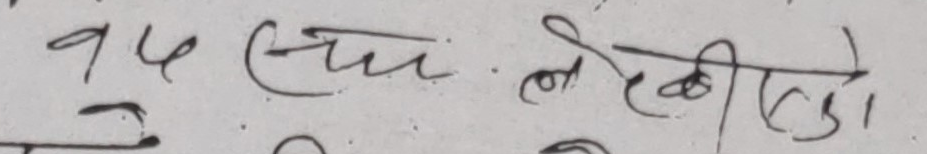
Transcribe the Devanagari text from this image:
१५ चैत्र १छ।